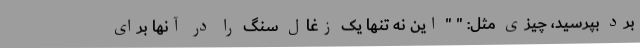
برد بپرسید، چیزی مثل: " " این نه تنها یک زغال سنگ را در آنها برای